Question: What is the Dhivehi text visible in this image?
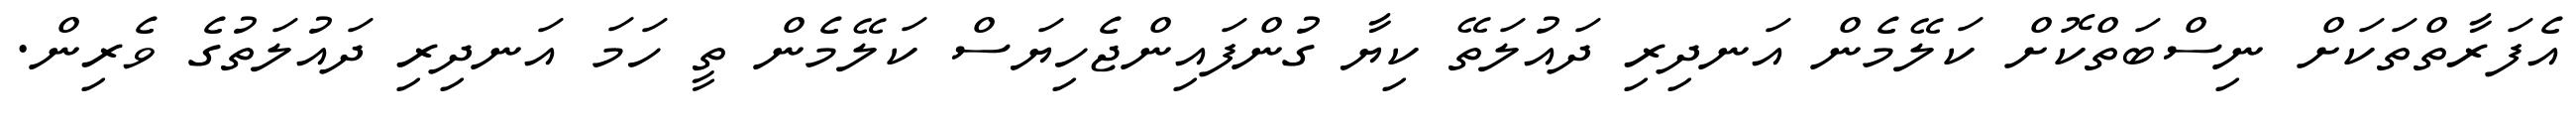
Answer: އެފަރާތްތަކަށް ނިސްބަތްކޮށް ކަލޭމެން އަނދިރި ދައުލަތޭ ކިޔާ ގުންފައިންޖެހިޔަސް ކަލޭމެން ތީ ހަމަ އަނދިރި ދައުލަތުގެ ވެރިން.